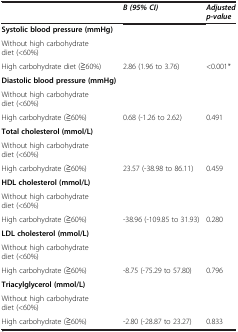
|  | B (95% CI) | Adjusted p-value |
 | --- | --- | --- |
 | Systolic blood pressure (mmHg) |  |  |
 | Without high carbohydrate diet (<60%) |  |  |
 | High carbohydrate diet (≧60%) | 2.86 (1.96 to 3.76) | <0.001* |
 | Diastolic blood pressure (mmHg) |  |  |
 | Without high carbohydrate diet (<60%) |  |  |
 | High carbohydrate (≧60%) | 0.68 (-1.26 to 2.62) | 0.491 |
 | Total cholesterol (mmol/L) |  |  |
 | Without high carbohydrate diet (<60%) |  |  |
 | High carbohydrate (≧60%) | 23.57 (-38.98 to 86.11) | 0.459 |
 | HDL cholesterol (mmol/L) |  |  |
 | Without high carbohydrate diet (<60%) |  |  |
 | High carbohydrate (≧60%) | -38.96 (-109.85 to 31.93) | 0.280 |
 | LDL cholesterol (mmol/L) |  |  |
 | Without high carbohydrate diet (<60%) |  |  |
 | High carbohydrate (≧60%) | -8.75 (-75.29 to 57.80) | 0.796 |
 | Triacylglycerol (mmol/L) |  |  |
 | Without high carbohydrate diet (<60%) |  |  |
 | High carbohydrate (≧60%) | -2.80 (-28.87 to 23.27) | 0.833 |